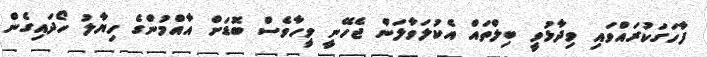
ފާހަގަކުރައްވައި ވިދާޅުވީ ބިލްތައް އެކުލަވާލަން ޖެހޭނީ ވީހާވެސް ބޮޑަށް އާއްމުންގެ ހިޔާލު ހޯދައިގެން